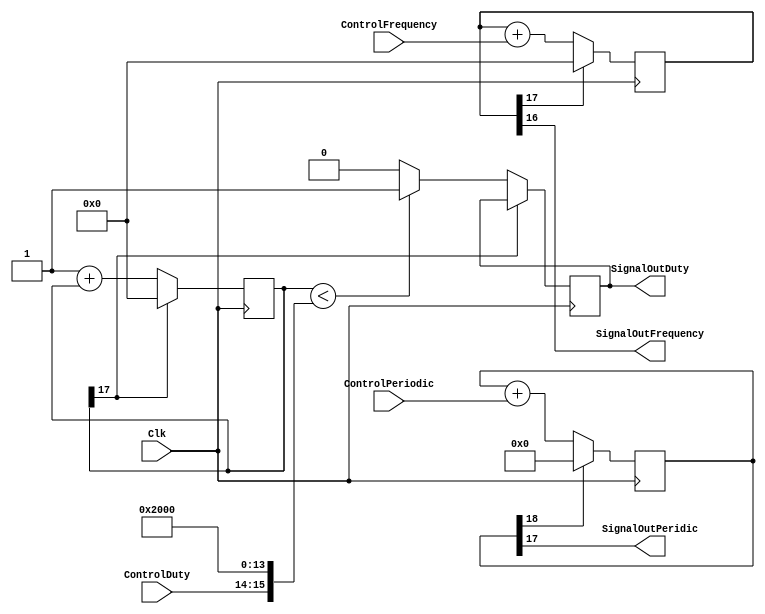
`timescale 1ns / 1ps


module SignalGenerator(
    input Clk,
    input [2:0] ControlFrequency,
    input [2:0] ControlPeriodic,
    input [1:0] ControlDuty,
    output SignalOutFrequency,
    output SignalOutPeridic,
    output SignalOutDuty
    );
    
    reg [17:0]dF;
    reg [18:0]dP;
    reg [17:0]dD;
    reg duty;
    //Generate the Fxin signal;
    always @(posedge Clk)
    begin
    if(dF[17])
    dF<=0;
    else
    dF<=dF+ControlFrequency;
    end
    assign SignalOutFrequency=dF[16];
    //Generate the Pxin signal;
    always @(posedge Clk)
    begin
    if(dP[18])
    dP<=0;
    else
    dP<=dP+ControlPeriodic;
    end
    assign SignalOutPeridic=dP[17];
  
  //Generate the Dxin signal;
    always @(posedge Clk)
    begin
    if(dD[17])
    dD<=0;
    else 
    begin
    dD<=1+dD;
       if(dD<{ControlDuty,14'b10_0000_0000_0000})
        duty<=1;
        else
        duty<=0;
       end
     end
    assign SignalOutDuty=duty;
   
   
endmodule